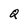
Character: Q